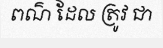
ពណ៌ ដែល ត្រូវ ជា